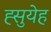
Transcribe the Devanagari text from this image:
ह्सुयेह